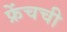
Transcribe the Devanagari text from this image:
फ्रेंचची